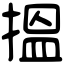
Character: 搵